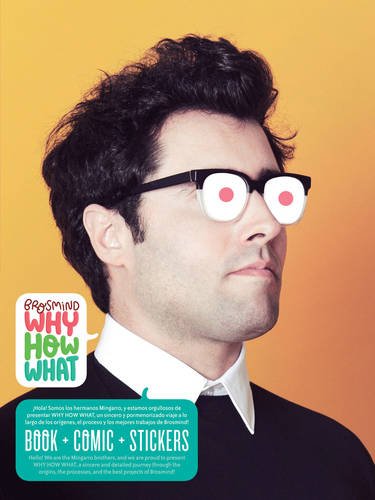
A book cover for Why? How? What? The First Big Book of Art by Brosmind HC; Brosmind; Comics & Graphic Novels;